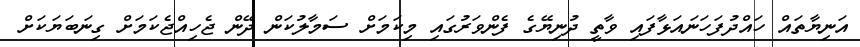
އަނިޔާތައް ހައްދުފަހަނައަޅާފައި ވާތީ ދުނިޔޭގެ ފެންވަރުގައި މިކަމަށް ސަމާލުކަން ދޭން ޖެހިއްޖެކަމަށް ގިނަބަޔަކަށް